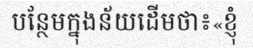
បន្ថែមក្នុងន័យដើមថា៖«ខ្ញុំ